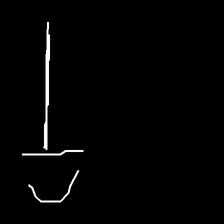
Glyph: dispersion